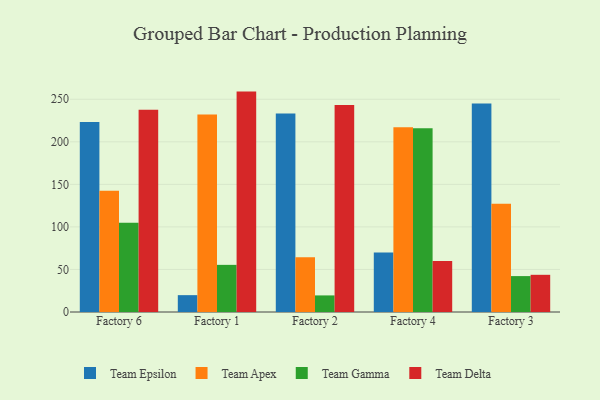
{"axis": {"x": "Factory", "y": "Backlog"}, "legend": ["Team Apex", "Team Delta", "Team Epsilon", "Team Gamma"], "data": [{"x": "Factory 6", "y": 223.2, "type": "Team Epsilon"}, {"x": "Factory 6", "y": 142.6, "type": "Team Apex"}, {"x": "Factory 6", "y": 105.0, "type": "Team Gamma"}, {"x": "Factory 6", "y": 237.6, "type": "Team Delta"}, {"x": "Factory 1", "y": 19.8, "type": "Team Epsilon"}, {"x": "Factory 1", "y": 232.0, "type": "Team Apex"}, {"x": "Factory 1", "y": 55.4, "type": "Team Gamma"}, {"x": "Factory 1", "y": 259.0, "type": "Team Delta"}, {"x": "Factory 2", "y": 233.3, "type": "Team Epsilon"}, {"x": "Factory 2", "y": 64.2, "type": "Team Apex"}, {"x": "Factory 2", "y": 19.5, "type": "Team Gamma"}, {"x": "Factory 2", "y": 243.2, "type": "Team Delta"}, {"x": "Factory 4", "y": 70.0, "type": "Team Epsilon"}, {"x": "Factory 4", "y": 217.1, "type": "Team Apex"}, {"x": "Factory 4", "y": 215.8, "type": "Team Gamma"}, {"x": "Factory 4", "y": 60.0, "type": "Team Delta"}, {"x": "Factory 3", "y": 245.1, "type": "Team Epsilon"}, {"x": "Factory 3", "y": 127.2, "type": "Team Apex"}, {"x": "Factory 3", "y": 42.2, "type": "Team Gamma"}, {"x": "Factory 3", "y": 43.7, "type": "Team Delta"}]}